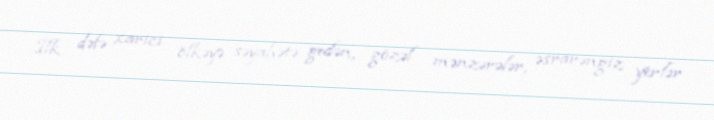
İlk dəfə xarici ölkəyə səyahətə gedən, gözəl mənzərələr, əsrarəngiz yerlər